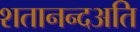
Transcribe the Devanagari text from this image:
शतानन्दअति